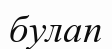
булап